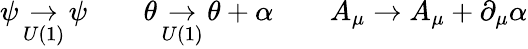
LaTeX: \psi\mathop\to_{U(1)}\psi\qquad\theta\mathop\to_{U(1)}\theta+\alpha\qquad A_{\mu}\to A_{\mu}+\partial_{\mu}\alpha